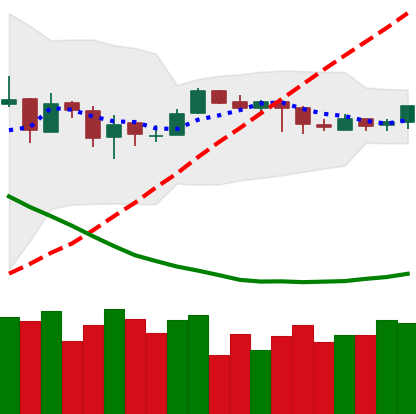
Ticker: EOS-USD
Chart end date: 2019-03-26
Forward return: 11.23%
Label: up_7plus